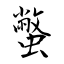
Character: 蟞